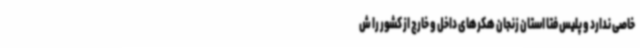
خاصی ندارد و پلیس فتا استان زنجان هکرهای داخل و خارج از کشور را ش